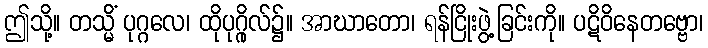
ဤသို့။ တသ္မိံ ပုဂ္ဂလေ၊ ထိုပုဂ္ဂိုလ်၌။ အာဃာတော၊ ရန်ငြိုးဖွဲ့ခြင်းကို။ ပဋိဝိနေတဗ္ဗော၊